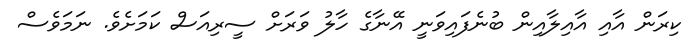
ކިރަން އާއި އާއިލާއިން ބުނެފައިވަނީ އޭނާގެ ހާލު ވަރަށް ސީރިއަސް ކަމަށެވެ. ނަމަވެސް